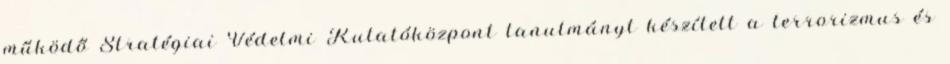
működő Stratégiai Védelmi Kutatóközpont tanulmányt készített a terrorizmus és